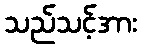
သည်သင့်အား